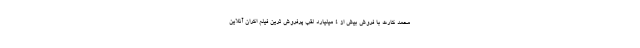
محمد کارت با فروش بیش از ۴ میلیارد لقب پرفروش ترین فیلم اکران آنلاین